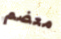
معضم